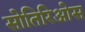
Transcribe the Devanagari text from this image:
सोतिरिओस